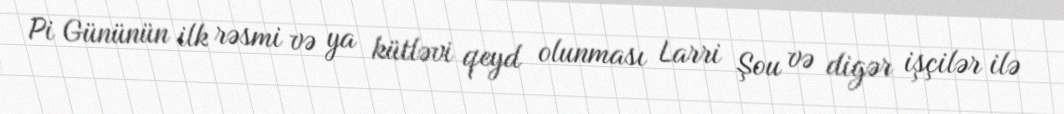
Pi Gününün ilk rəsmi və ya kütləvi qeyd olunması Larri Şou və digər işçilər ilə